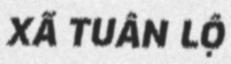
XÃ TUÂN LỘ